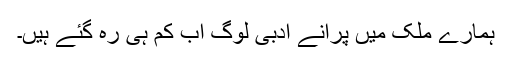
ہمارے ملک میں پرانے ادبی لوگ اب کم ہی رہ گئے ہیں۔